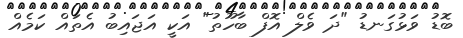
ބޮޑު ވަޅުގަނޑު "ދަ ވެލް އޮފް ބާހޫތު" އަކީ އަޖައިބު އެތައް ކަމެއް